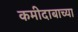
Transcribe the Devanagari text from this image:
कमीदाबाच्या